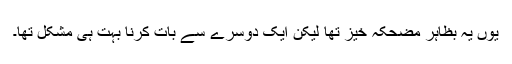
یوں یہ بظاہر مضحکہ خیز تھا لیکن ایک دوسرے سے بات کرنا بہت ہی مشکل تھا۔